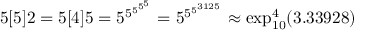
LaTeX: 5 [ 5 ] 2 = 5 [ 4 ] 5 = 5 ^ { 5 ^ { 5 ^ { 5 ^ { 5 } } } } = 5 ^ { 5 ^ { 5 ^ { 3 1 2 5 } } } \approx \exp _ { 1 0 } ^ { 4 } ( 3 . 3 3 9 2 8 )